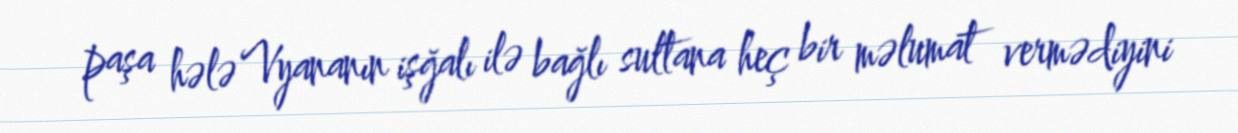
paşa hələ Vyananın işğalı ilə bağlı sultana heç bir məlumat vermədiyini